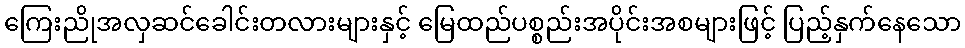
ကြေးညိုအလှဆင်ခေါင်းတလားများနှင့် မြေထည်ပစ္စည်းအပိုင်းအစများဖြင့် ပြည့်နှက်နေသော